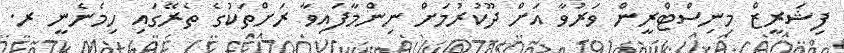
ފިޝަރީޒް މިނިސްޓްރީން ވަރުވާ އަށް ދޫކުރުމަށް ނިންމާފައިވާ ރަށްތަކުގެ ތެރޭގައި ހިމެނެނީ ރ.